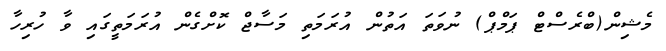
މެޝިން(ބްރެސްޓް ޕަމްޕް) ނުވަތަ އަތުން އުރަމަތި މަސާޖް ކޮށްގެން އުރަމަތީގައި ވާ ހުރިހާ